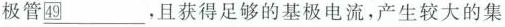
极管\underline ㊾，且获得足够的基极电流，产生较大的集